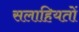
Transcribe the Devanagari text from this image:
सलाहियतों